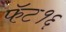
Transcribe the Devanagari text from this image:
फॅट१६